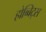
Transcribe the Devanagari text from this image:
होब्बिट्स